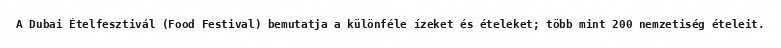
A Dubai Ételfesztivál (Food Festival) bemutatja a különféle ízeket és ételeket; több mint 200 nemzetiség ételeit.